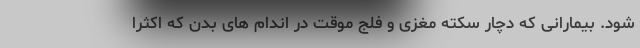
شود. بیمارانی که دچار سکته مغزی و فلج موقت در اندام های بدن که اکثرا